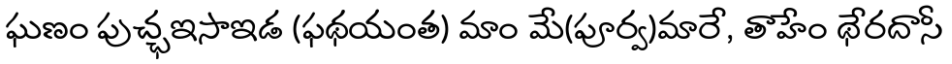
ఘణం పుచ్ఛఇసాఇడ (ఫథయంత) మాం మే(పూర్వ)మారే, తాహేం థేరదాసీ